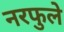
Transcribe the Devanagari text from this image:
नरफुले